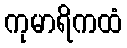
ကုမာရိကထံ